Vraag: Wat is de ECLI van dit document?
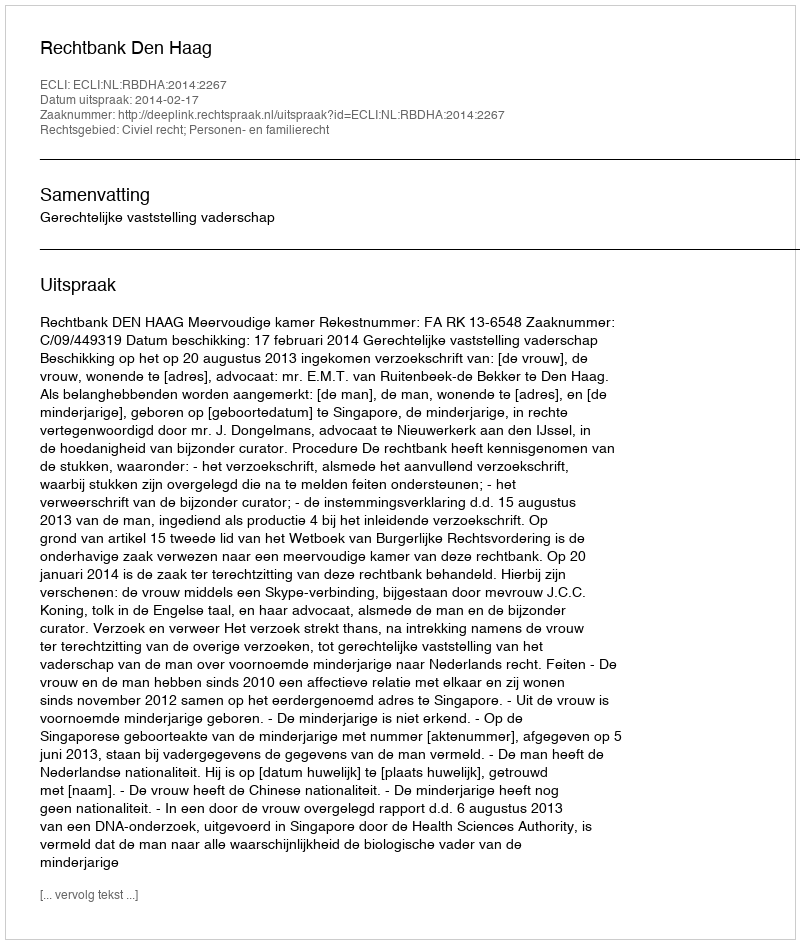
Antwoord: ECLI:NL:RBDHA:2014:2267